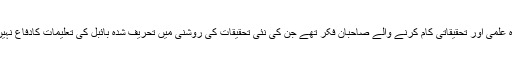
دوسری طرف وہ علمی اور تحقیقاتی کام کرنے والے صاحبان فکر تھے جن کی نئی تحقیقات کی روشنی میں تحریف شدہ بائبل کی تعلیمات کادفاع نہیں کیا جاسکتا تھا۔